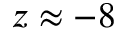
z \approx - 8